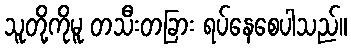
သူတို့ကိုမူ တသီးတခြား ရပ်နေစေပါသည်။